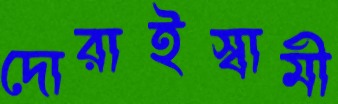
দোরাইস্বামী